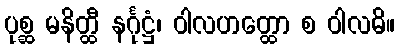
ပုစ္ဆ မနိတ္ထီ နင်္ဂုဋ္ဌံ၊ ဝါလဟတ္ထော စ ဝါလဓိ။